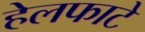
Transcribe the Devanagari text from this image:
हेलफाटे